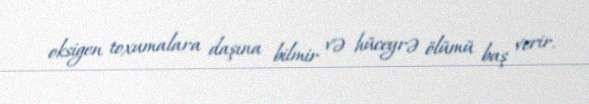
oksigen toxumalara daşına bilmir və hüceyrə ölümü baş verir.